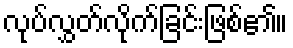
လုပ်လွှတ်လိုက်ခြင်းဖြစ်၏။